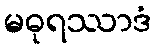
မဓုရဿာဒံ